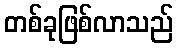
တစ်ခုဖြစ်လာသည်